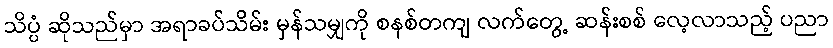
သိပ္ပံ ဆိုသည်မှာ အရာခပ်သိမ်း မှန်သမျှကို စနစ်တကျ လက်တွေ့ ဆန်းစစ် လေ့လာသည့် ပညာ